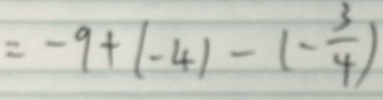
= - 9 + ( - 4 ) - ( - \frac { 3 } { 4 } )